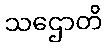
သဌောတိ